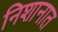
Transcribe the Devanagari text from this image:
निशानात